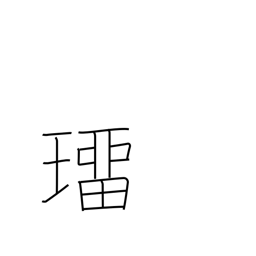
Meaning: precious stone